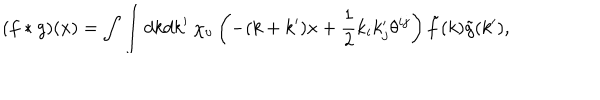
LaTeX: ( f \ast g ) ( x ) = \int \int d k d k ^ { \prime } \ \chi _ { \upsilon } \left( - ( k + k ^ { \prime } ) x + \frac 1 2 k _ { i } k _ { j } ^ { \prime } \theta ^ { i j } \right) \tilde { f } ( k ) \tilde { g } ( k ^ { \prime } ) ,